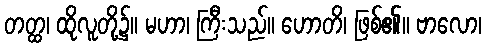
တတ္ထ၊ ထိုလူတို့၌။ မဟာ၊ ကြီးသည်။ ဟောတိ၊ ဖြစ်၏။ ဗာလော၊